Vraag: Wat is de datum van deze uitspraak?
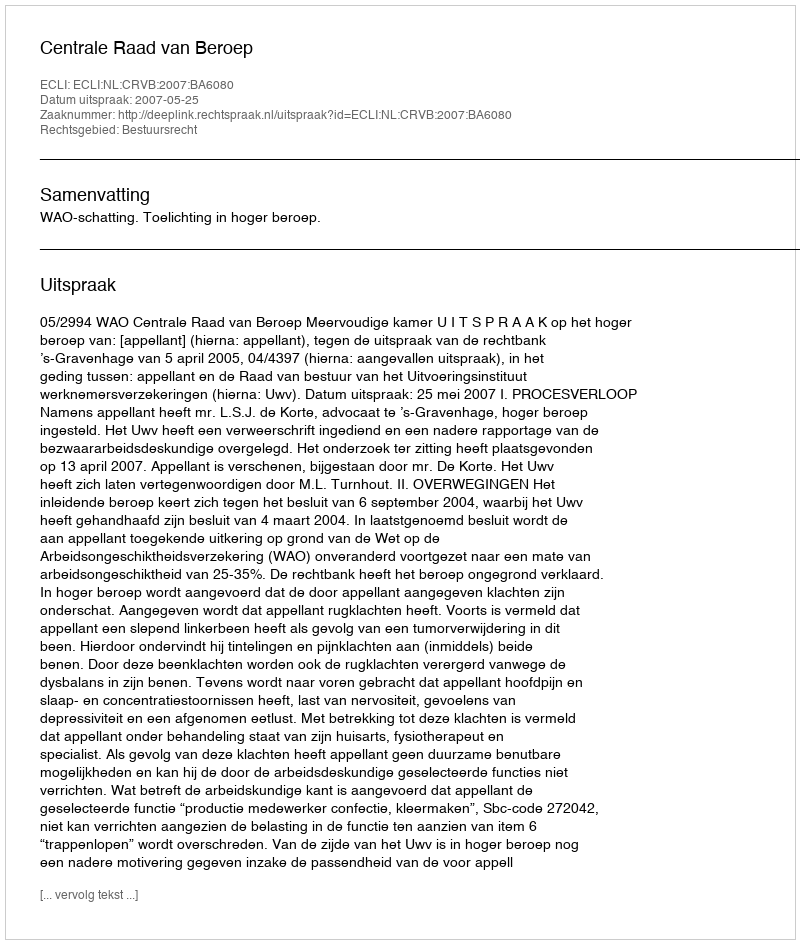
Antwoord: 2007-05-25